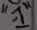
Text: "-1"